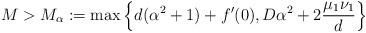
LaTeX: \begin{align*} M>M_{\alpha}:=\max\left\{d(\alpha^2+1)+f'(0),D\alpha^2+2\frac{\mu_1\nu_1}{d}\right\} \end{align*}